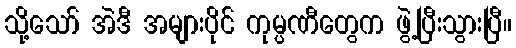
သို့သော် အဲဒီ အများပိုင် ကုမ္ပဏီတွေက ဖွဲ့ပြီးသွားပြီ။